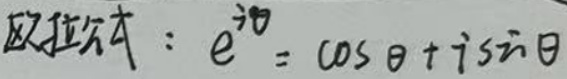
欧拉公式：$e^{i\theta}=\cos\theta + i\sin\theta$